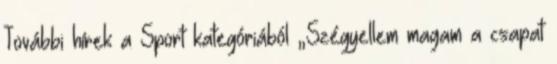
További hírek a Sport kategóriából „Szégyellem magam a csapat